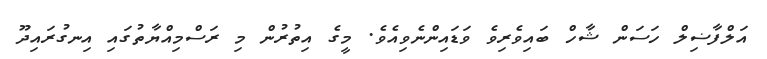
އަލްފާޟިލް ހަސަން ޝާހް ބައިވެރިވެ ވަޑައިންނެވިއެވެ. މީގެ އިތުރުން މި ރަސްމިއްޔާތުގައި އިނގުރައިދޫ